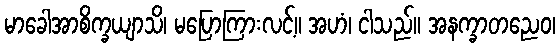
မာခေါအာစိက္ခယျာသိ၊ မပြောကြားလင့်။ အဟံ၊ ငါသည်။ အနက္ခာတညေဝ၊